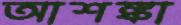
আশঙ্কা